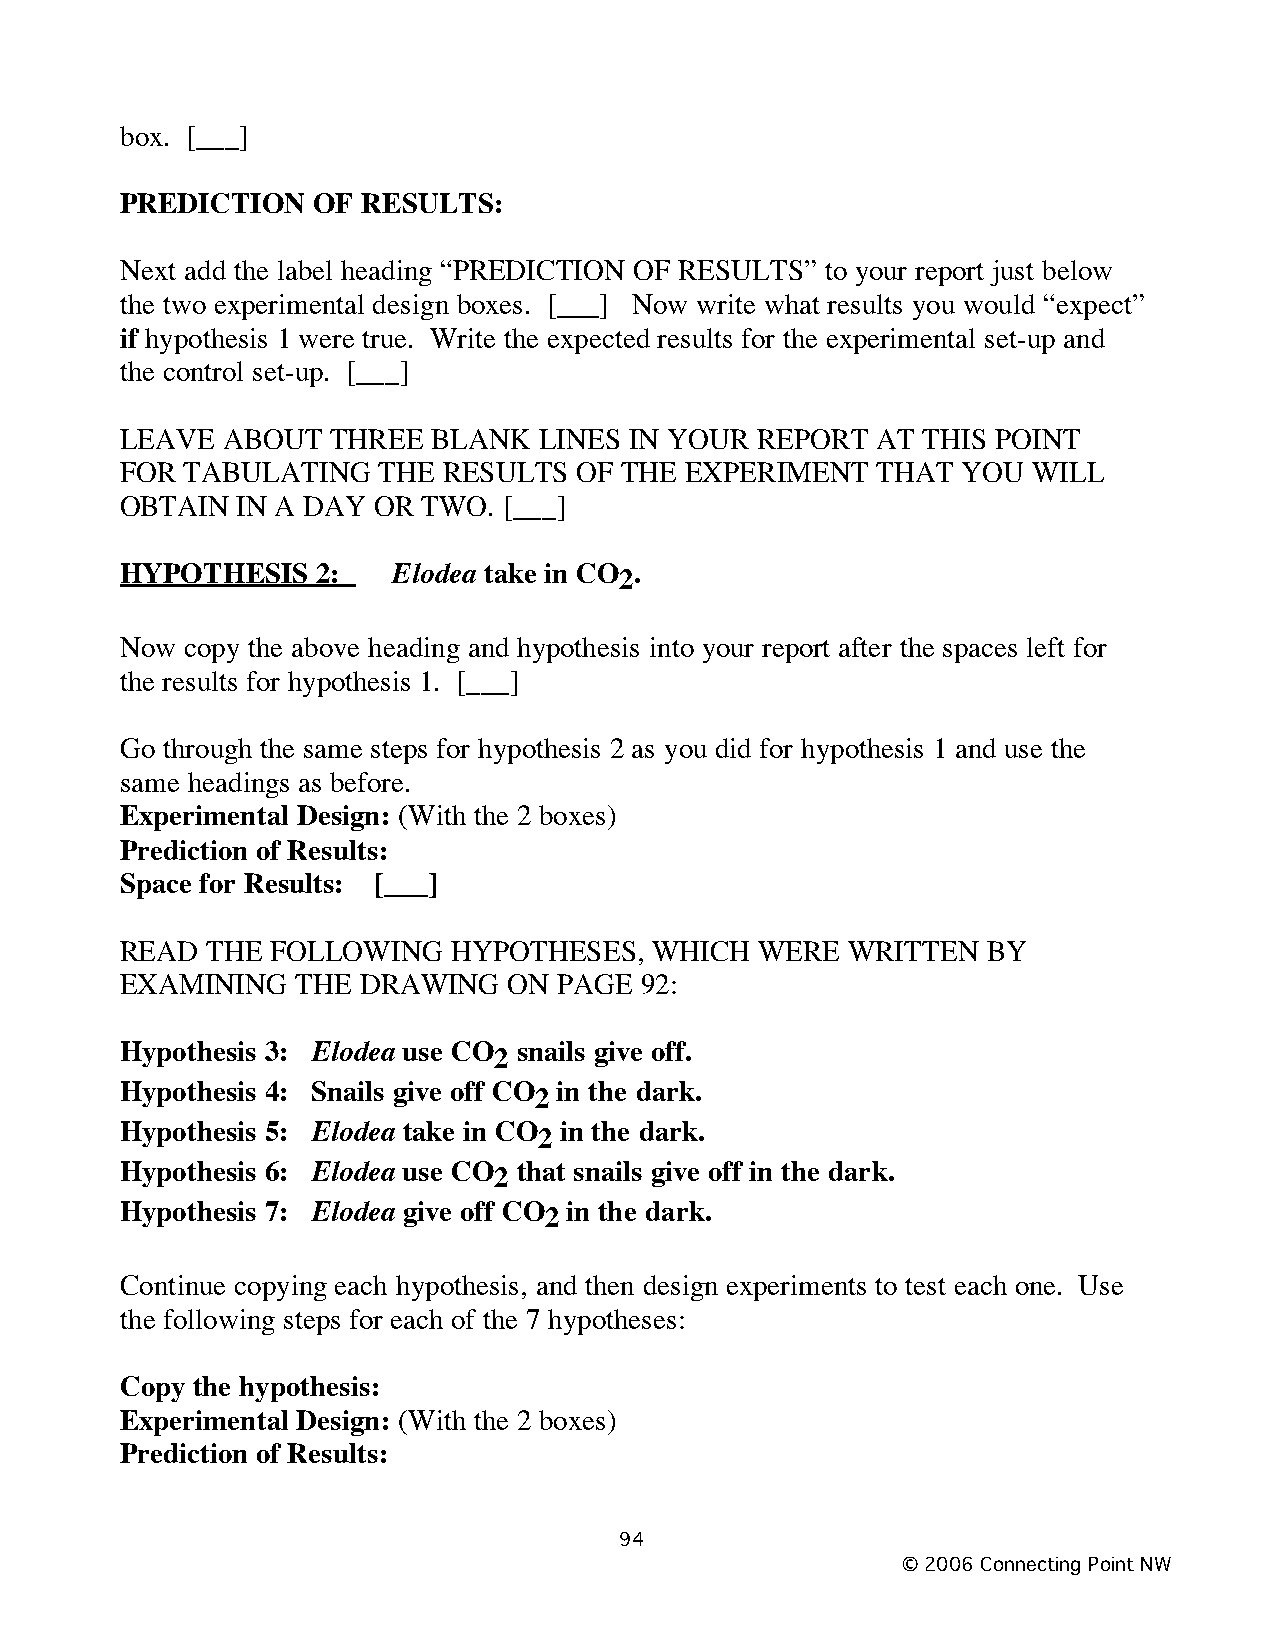
box. [___]
 PREDICTION   OF RESULTS:
 Next add the label heading “PREDICTION OF RESULTS” to your report just below
 the two experimental design boxes. [___] Now write what results you would “expect”
 if hypothesis 1 were true. Write the expected results for the experimental set-up and
 the control set-up. [___]
 LEAVE  ABOUT  THREE  BLANK  LINES IN YOUR REPORT  AT THIS POINT
 FOR TABULATING   THE RESULTS  OF THE EXPERIMENT   THAT  YOU WILL
 OBTAIN  IN A DAY OR TWO. [___]
 HYPOTHESIS   2:   Elodea take in CO .
 2
 Now copy the above heading and hypothesis into your report after the spaces left for
 the results for hypothesis 1. [___]
 Go through the same steps for hypothesis 2 as you did for hypothesis 1 and use the
 same headings as before.
 Experimental Design: (With the 2 boxes)
 Prediction of Results:
 Space for Results: [___]
 READ  THE FOLLOWING   HYPOTHESES,  WHICH  WERE  WRITTEN  BY
 EXAMINING   THE DRAWING   ON PAGE 92:
 Hypothesis 3: Elodea use CO snails give off.
 2
 Hypothesis 4: Snails give off CO in the dark.
 2
 Hypothesis 5: Elodea take in CO in the dark.
 2
 Hypothesis 6: Elodea use CO that snails give off in the dark.
 2
 Hypothesis 7: Elodea give off CO in the dark.
 2
 Continue copying each hypothesis, and then design experiments to test each one. Use
 the following steps for each of the 7 hypotheses:
 Copy the hypothesis:
 Experimental Design: (With the 2 boxes)
 Prediction of Results:
 94
 © 2006 Connecting Point NW